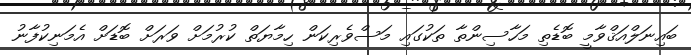
ބައިނަލްއަޤްވާމީ ބޮޑެތި މަހާސިންތާ ތަކުގައި މަސްވެރިކަން ހިމާޔަތް ކުރުމަށް ވަރަށް ބޮޑަށް އެމަނިކުފާނު